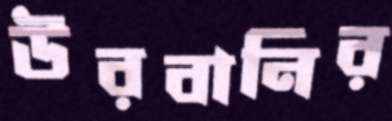
উরবানির